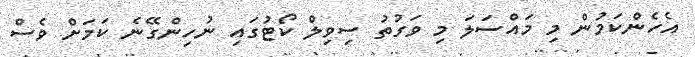
އެހެންކަމުން މި މައްސަލަ މި ވަގުތު ސިވިލް ކޯޓުގައި ނުހިންގޭނެ ކަމަށް ވެސް